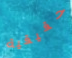
حقيقية